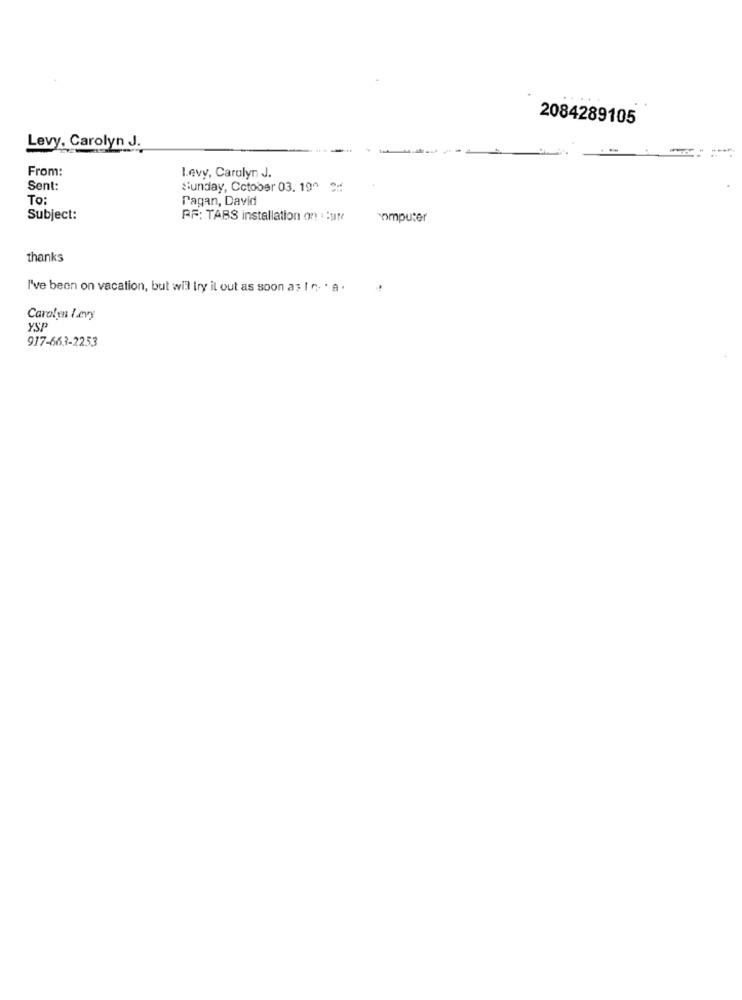
2084289105
Levy, Carolyn J.
From:
Levy, Carolyn J.
Sent:
Sunday, October 03. 190 2.
To:
Pagan, David
Subject:
AF: TABS installation on :ute
somputer
thanks
I've been on vacation, but will try il out as soon as I n . a .
Carolyn levy
ySP
917-663-2253